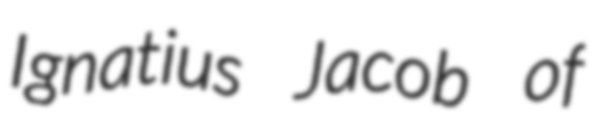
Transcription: Ignatius Jacob of